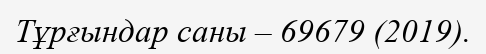
Тұрғындар саны – 69679 (2019).